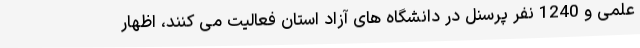
علمی و 1240 نفر پرسنل در دانشگاه های آزاد استان فعالیت می کنند، اظهار